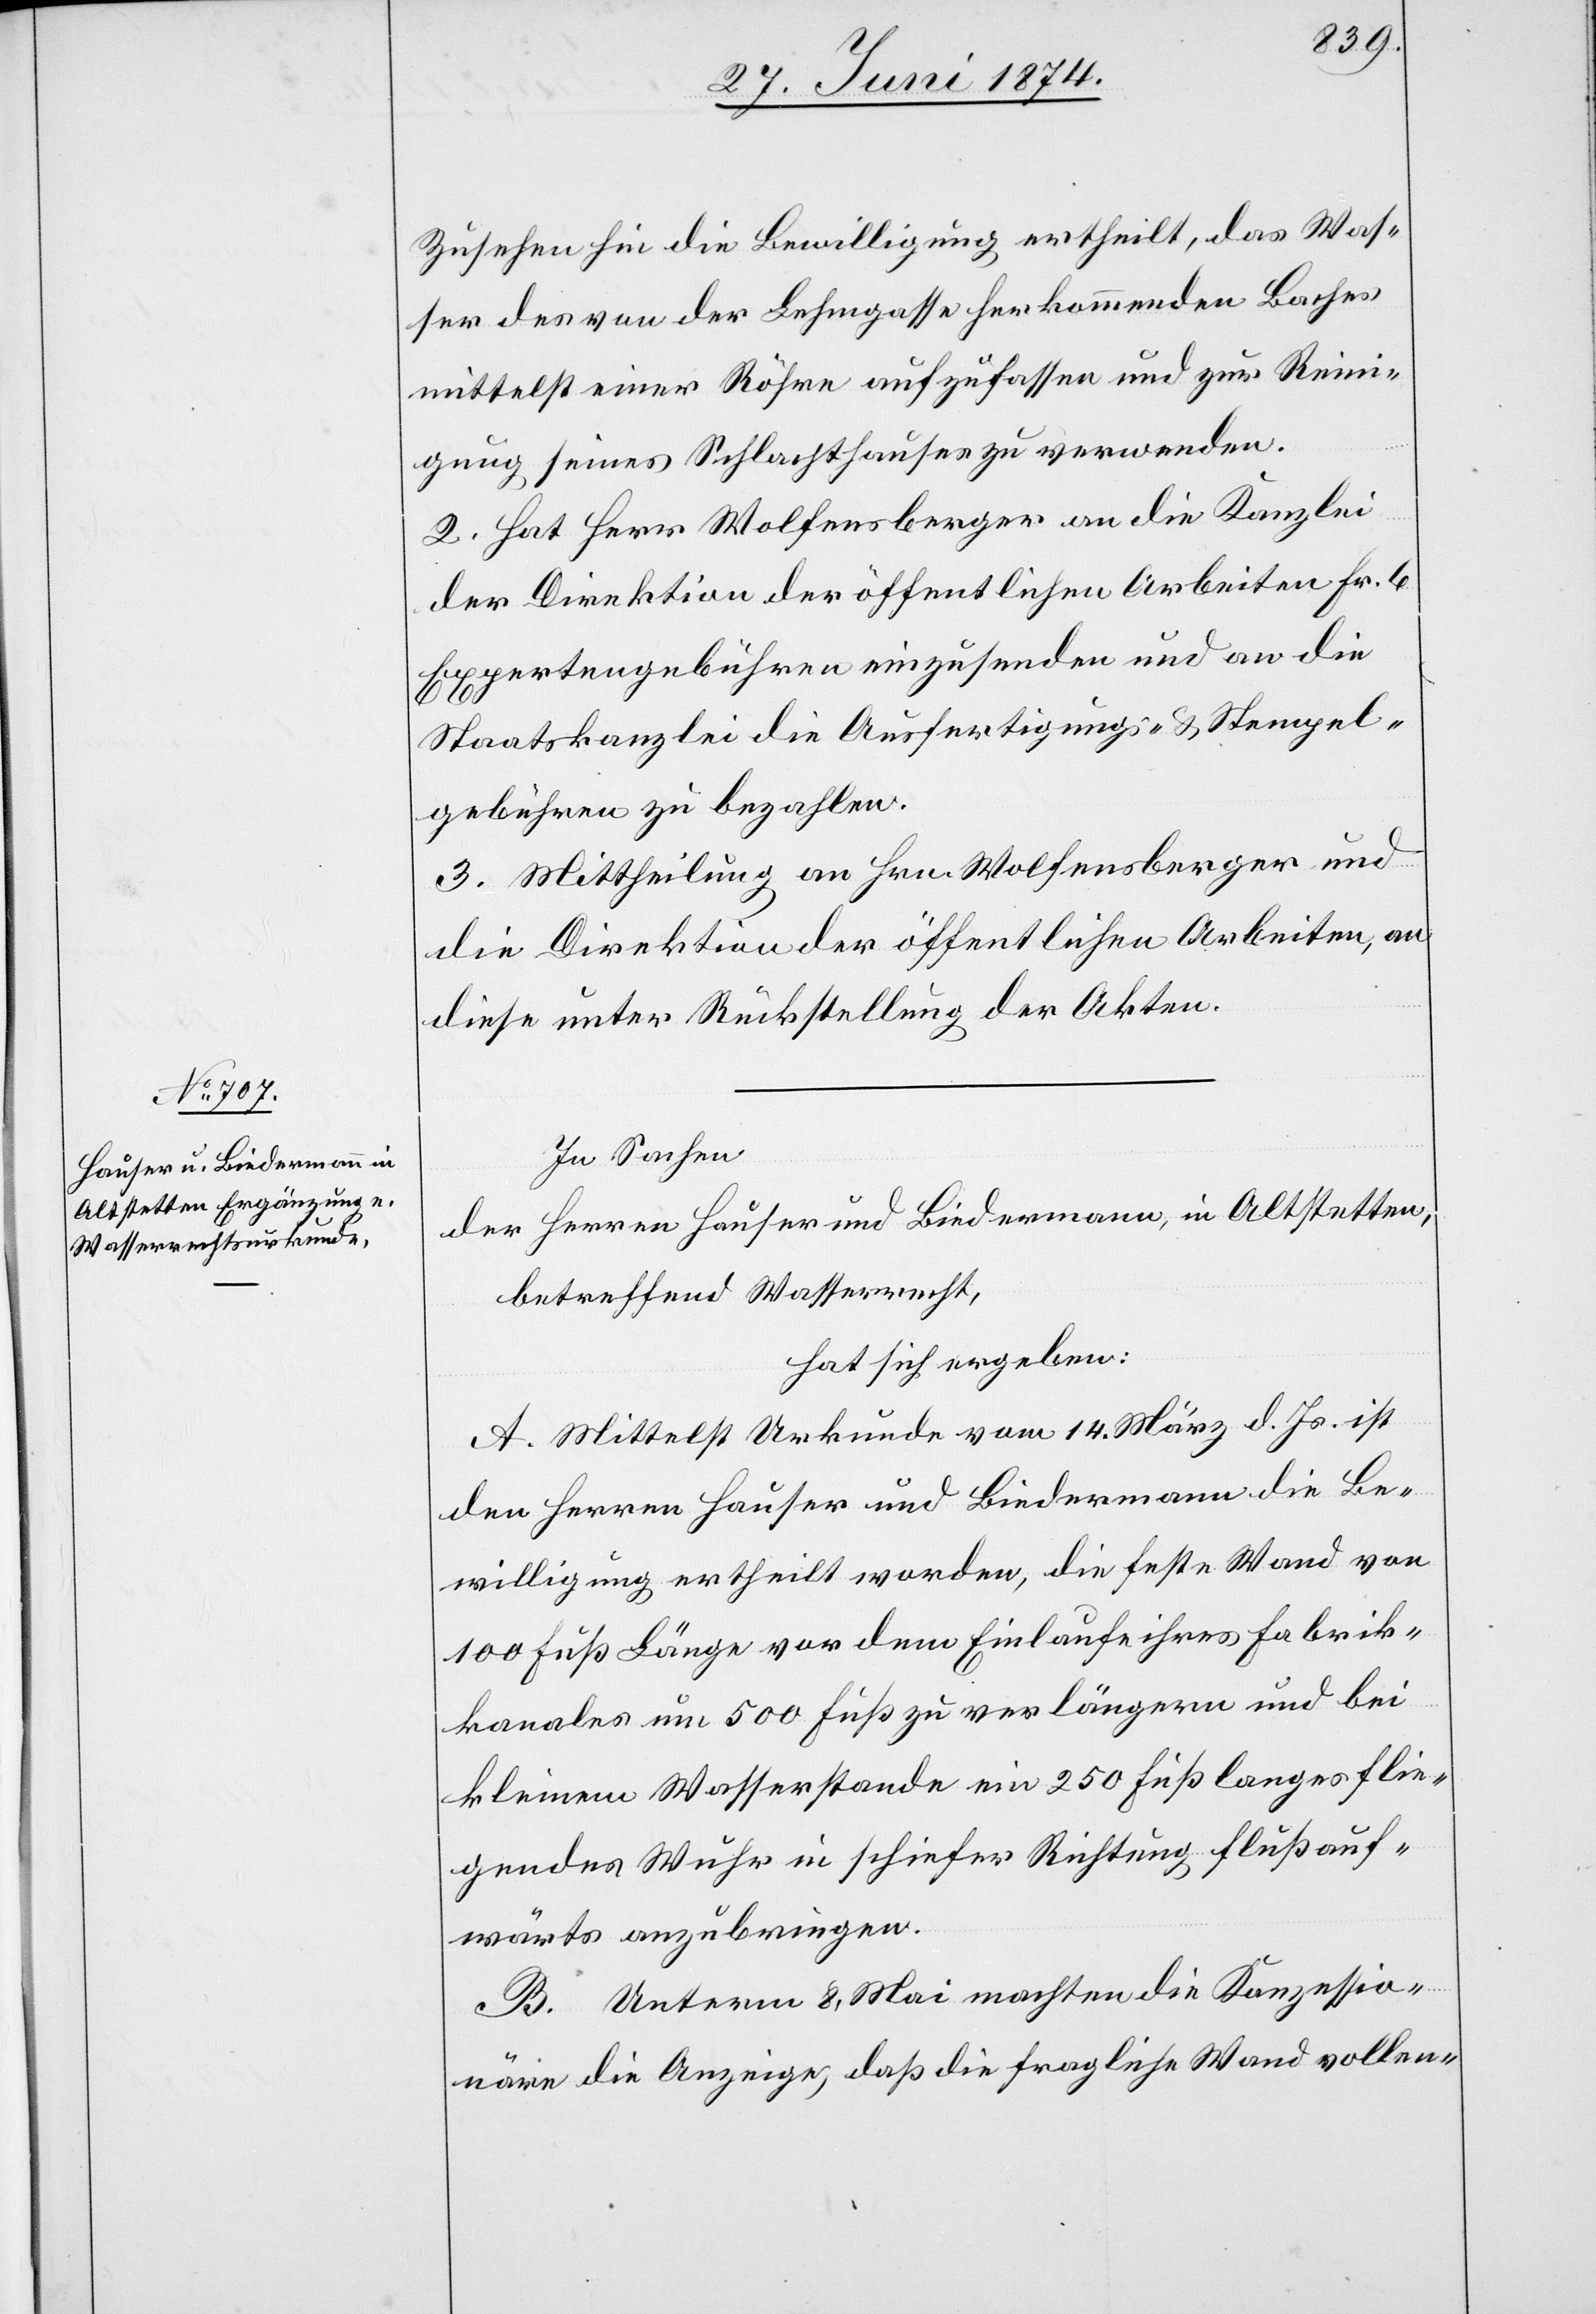
Zusehen hin die Bewilligung ertheilt, das Was¬
ser des von der Lehmgasse herkommenden Baches
mittelst einer Röhre aufzufassen und zur Reini¬
gung seines Schlachthauses zu verwenden.
2. Hat Herr Wolfensberger an die Kanzlei
der Direktion der öffentlichen Arbeiten Fr. 6
Expertengebühren einzusenden und an die
Staatskanzlei die Ausfertigungs- u. Stempel¬
gebühren zu bezahlen.
3. Mittheilung an Hrn. Wolfensberger und
die Direktion der öffentlichen Arbeiten, an
diese unter Rückstellung der Akten.
In Sachen
der Herren Hauser und Biedermann, in Altstetten,
betreffend Wasserrecht,
hat sich ergeben:
A. Mittelst Urkunde vom 14. März d. Js. ist
den Herren Hauser und Biedermann die Be¬
willigung ertheilt worden, die feste Wand von
100 Fuß Länge vor dem Einlaufe ihres Fabrik¬
kanales um 500 Fuß zu verlängern und bei
kleinem Wasserstande ein 250 Fuß langes flie¬
gendes Wuhr in schiefer Richtung flußauf¬
wärts anzubringen.
B. Unterm 8. Mai machten die Konzessio¬
näre die Anzeige, daß die fragliche Wand vollen-